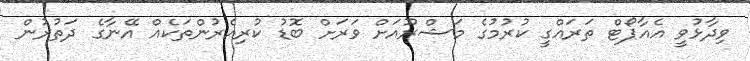
ވިދާޅުވީ އެއާޕޯޓް ތަރައްގީ ކުރުމުގެ މަޝްރޫއަށް ވަރަށް ބޮޑު ކުރިއެރުންތަކެއް އޭނާގެ ދަތުރުން